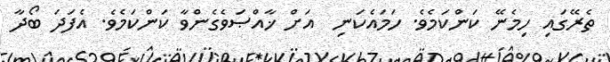
ތެރޭގައި ހިމެނޭ ކަންކަމެވެ. ހަމައެކަނި  އަށް ޚާއްޞަވެގެންވާ ކަންކަމެވެ. އެފަދަ ބޯދާ